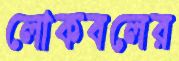
লোকবলের